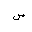
Letter: _sin